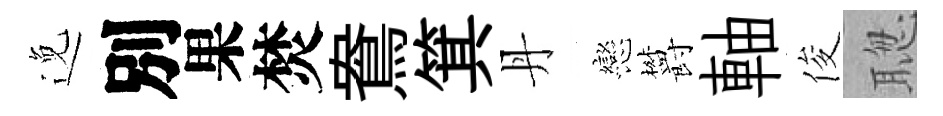
𨓜別果焚鴦箕丹戀欝軸俊聦